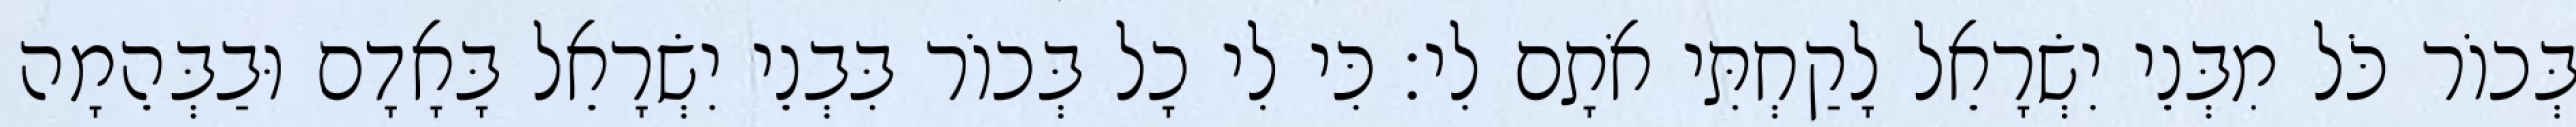
בְּכוֹר כֹּל מִבְּנֵי יִשְׂרָאֵל לָקַחְתִּי אֹתָם לִי׃ כִּי לִי כָל בְּכוֹר בִּבְנֵי יִשְׂרָאֵל בָּאָדָם וּבַבְּהֵמָה